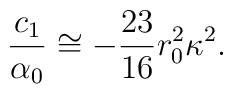
\frac{c_1}{\alpha_0} \cong - \frac{23}{16}r_0^2\kappa^2.